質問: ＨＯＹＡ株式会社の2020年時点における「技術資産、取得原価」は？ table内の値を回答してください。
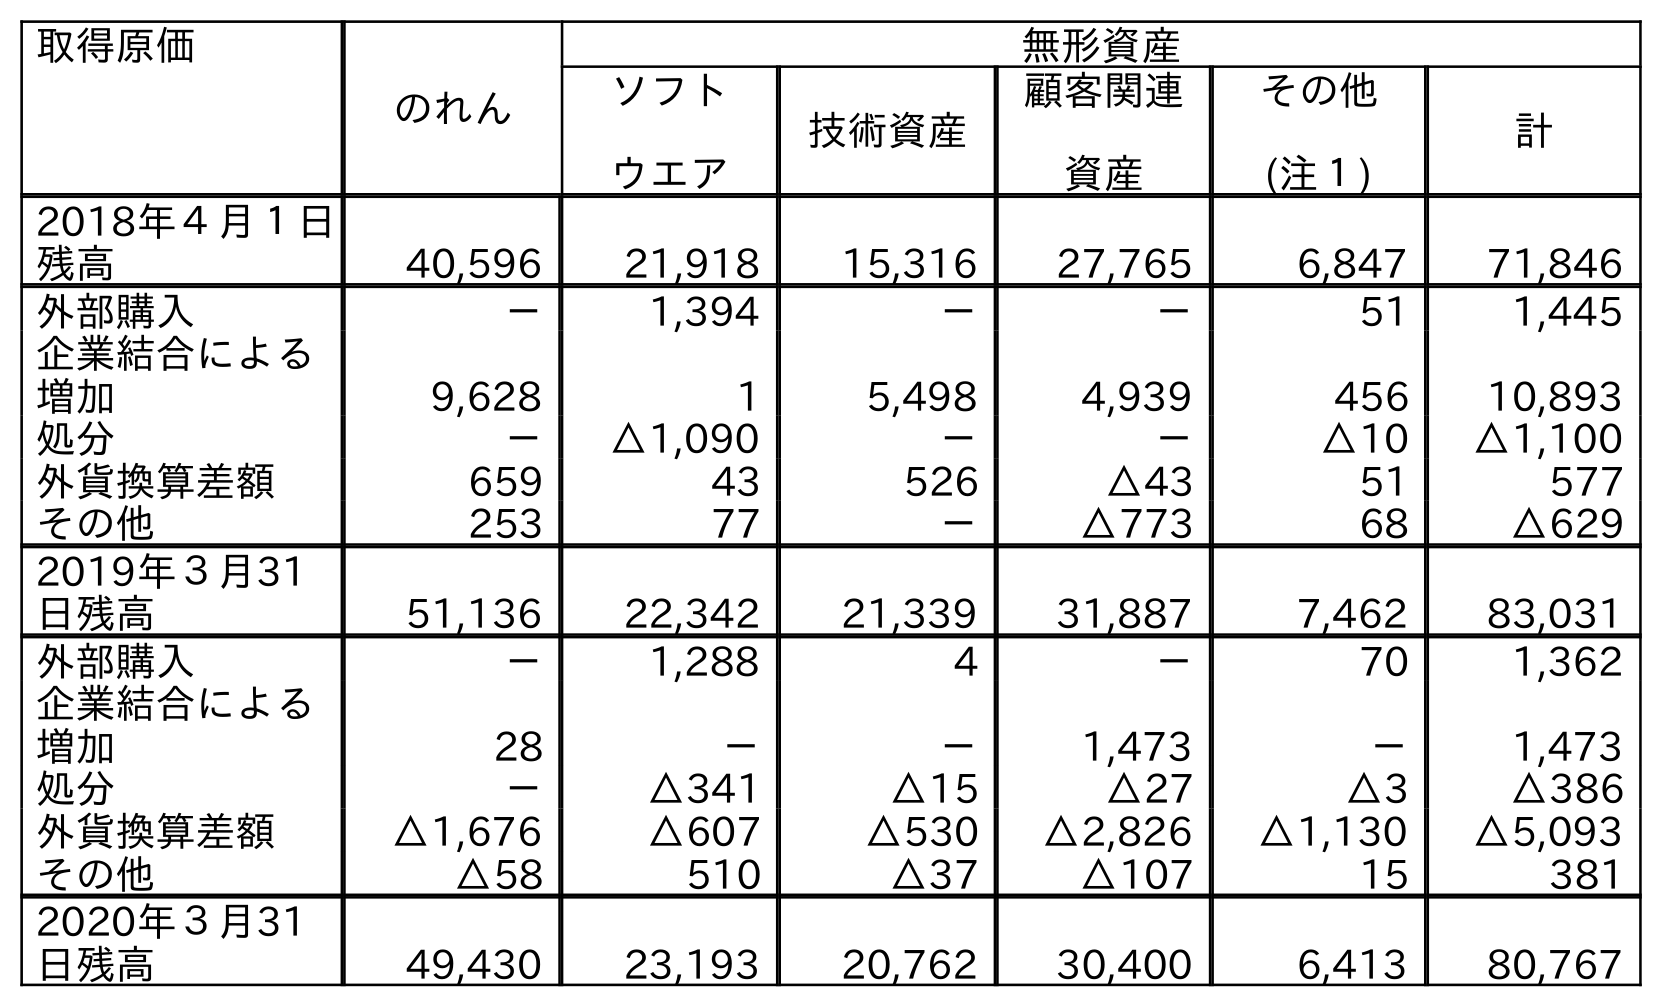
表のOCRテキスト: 取得原価 のれん 無形資産 ソフト ウエア 技術資産 顧客関連 資産 その他 (注１) 計 2018年４月１日 残高 40,596 21,918 15,316 27,765 6,847 71,846 外部購入 － 1,394 － － 51 1,445 企業結合による 増加 9,628 1 5,498 4,939 456 10,893 処分 － △1,090 － － △10 △1,100 外貨換算差額 659 43 526 △43 51 577 その他 253 77 － △773 68 △629 2019年３月31 日残高 51,136 22,342 21,339 31,887 7,462 83,031 外部購入 － 1,288 4 － 70 1,362 企業結合による 増加 28 － － 1,473 － 1,473 処分 － △341 △15 △27 △3 △386 外貨換算差額 △1,676 △607 △530 △2,826 △1,130 △5,093 その他 △58 510 △37 △107 15 381 2020年３月31 日残高 49,430 23,193 20,762 30,400 6,413 80,767
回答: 20,762